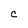
Character: C